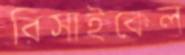
রিসাইকেল